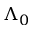
\Lambda _ { 0 }